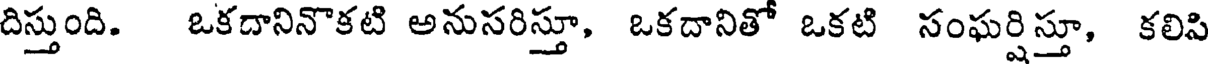
దిస్తుంది. ఒకదానినొకటి అనుసరిస్తూ, ఒకదానితో ఒకటి సంఘర్షిస్తూ, కలిపి